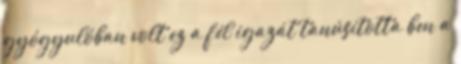
gyógyulóban volt ez a fél igazát tanúsította ben a